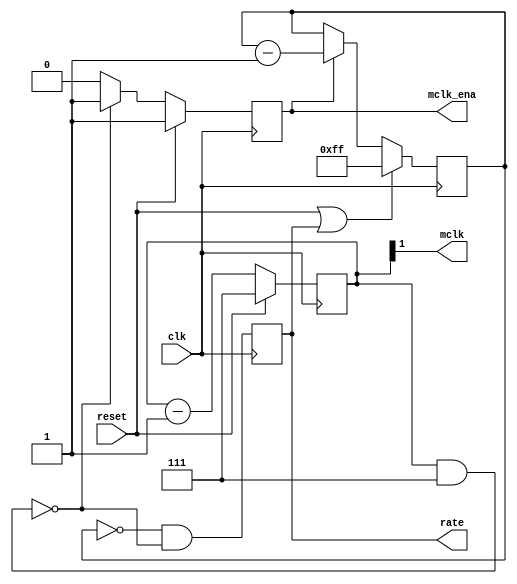
module clkgen(clk, reset, mclk, mclk_ena, rate);
    parameter div = 8;      // 2, 4, 8 clk / mclk ratio
    
	input clk;		// 48MHz system clock
	input reset;	// POR
	output mclk;	// 256x master clock output (50% duty cycle)
	output mclk_ena;// 256x master clock enable output (25% duty cycle)
	output rate;	// Sample rate clock output
	
	// master clock divider (4x)
	wire [2:0] cnt_mask = div-1;
	reg [2:0] mclk_cnt;
	reg mclk_ena;
	always @(posedge clk)
		if(reset)
		begin
			mclk_cnt <= 3'b111;
			mclk_ena <= 1'b1;
		end
		else
		begin
			mclk_cnt <= mclk_cnt - 1;
			if((mclk_cnt & cnt_mask) == 3'b000)
				mclk_ena <= 1'b1;
			else
				mclk_ena <= 1'b0;
		end
		
	assign mclk = mclk_cnt[1];
	
	// rate counter
	reg rate;
	reg [7:0] rate_cnt;
	always @(posedge clk)
		if(reset | rate)
			rate_cnt <= 8'd255;
		else if(mclk_ena)
			rate_cnt <= rate_cnt - 1;
	
	// detect end condition for one cycle pulse in sync with mclk_ena
	always @(posedge clk)
		rate <= ((rate_cnt == 8'd0) && ((mclk_cnt & cnt_mask) == 3'b000));
endmodule